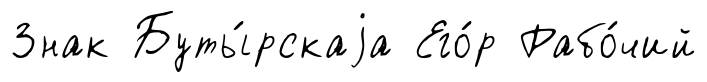
Знак Буты́рскаjа Его́р Рабо́чий